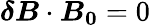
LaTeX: \boldsymbol{\delta B}\cdot\boldsymbol{B_{0}}=0